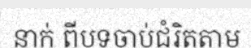
នាក់ ពីបទចាប់ជំរិតតាម